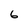
Character: 6